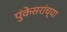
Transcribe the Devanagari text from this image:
पुंकेसरांच्या